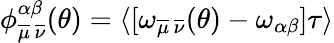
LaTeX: \begin{array}{r}{\phi_{\overline{{\mu}}\, \overline{{\nu}}}^{\alpha\beta}(\theta)=\langle[\omega_{\overline{{\mu}}\, \overline{{\nu}}}(\theta)-\omega_{\alpha\beta}]\tau\rangle}\end{array}